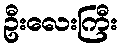
ဦးလေးကြီး